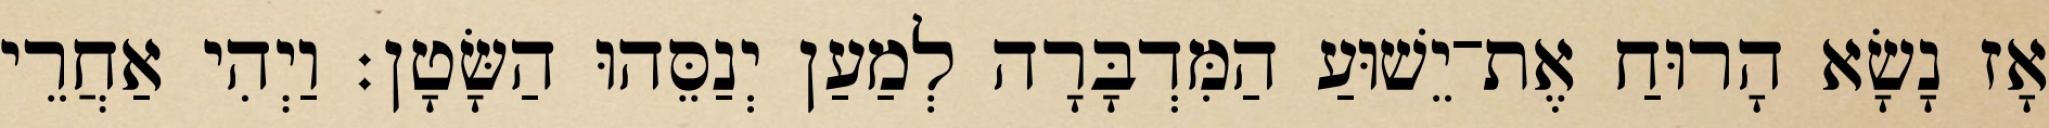
אָז נָשָׂא הָרוּחַ אֶת־יֵשׁוּעַ הַמִּדְבָּרָה לְמַעַן יְנַסֵּהוּ הַשָּׂטָן׃ וַיְהִי אַחֲרֵי